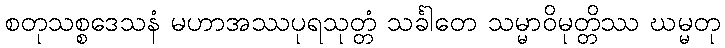
စတုသစ္စဒေသနံ မဟာအဿပုရသုတ္တံ သင်္ခါတေ သမ္မာဝိမုတ္တိဿ ဃမ္မတု